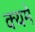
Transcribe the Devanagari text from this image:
क्यमे